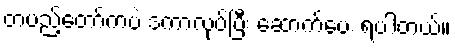
တပည့်တော်ကပဲ ဒကာလုပ်ပြီး ဆောက်ပေး ရပါတယ်။